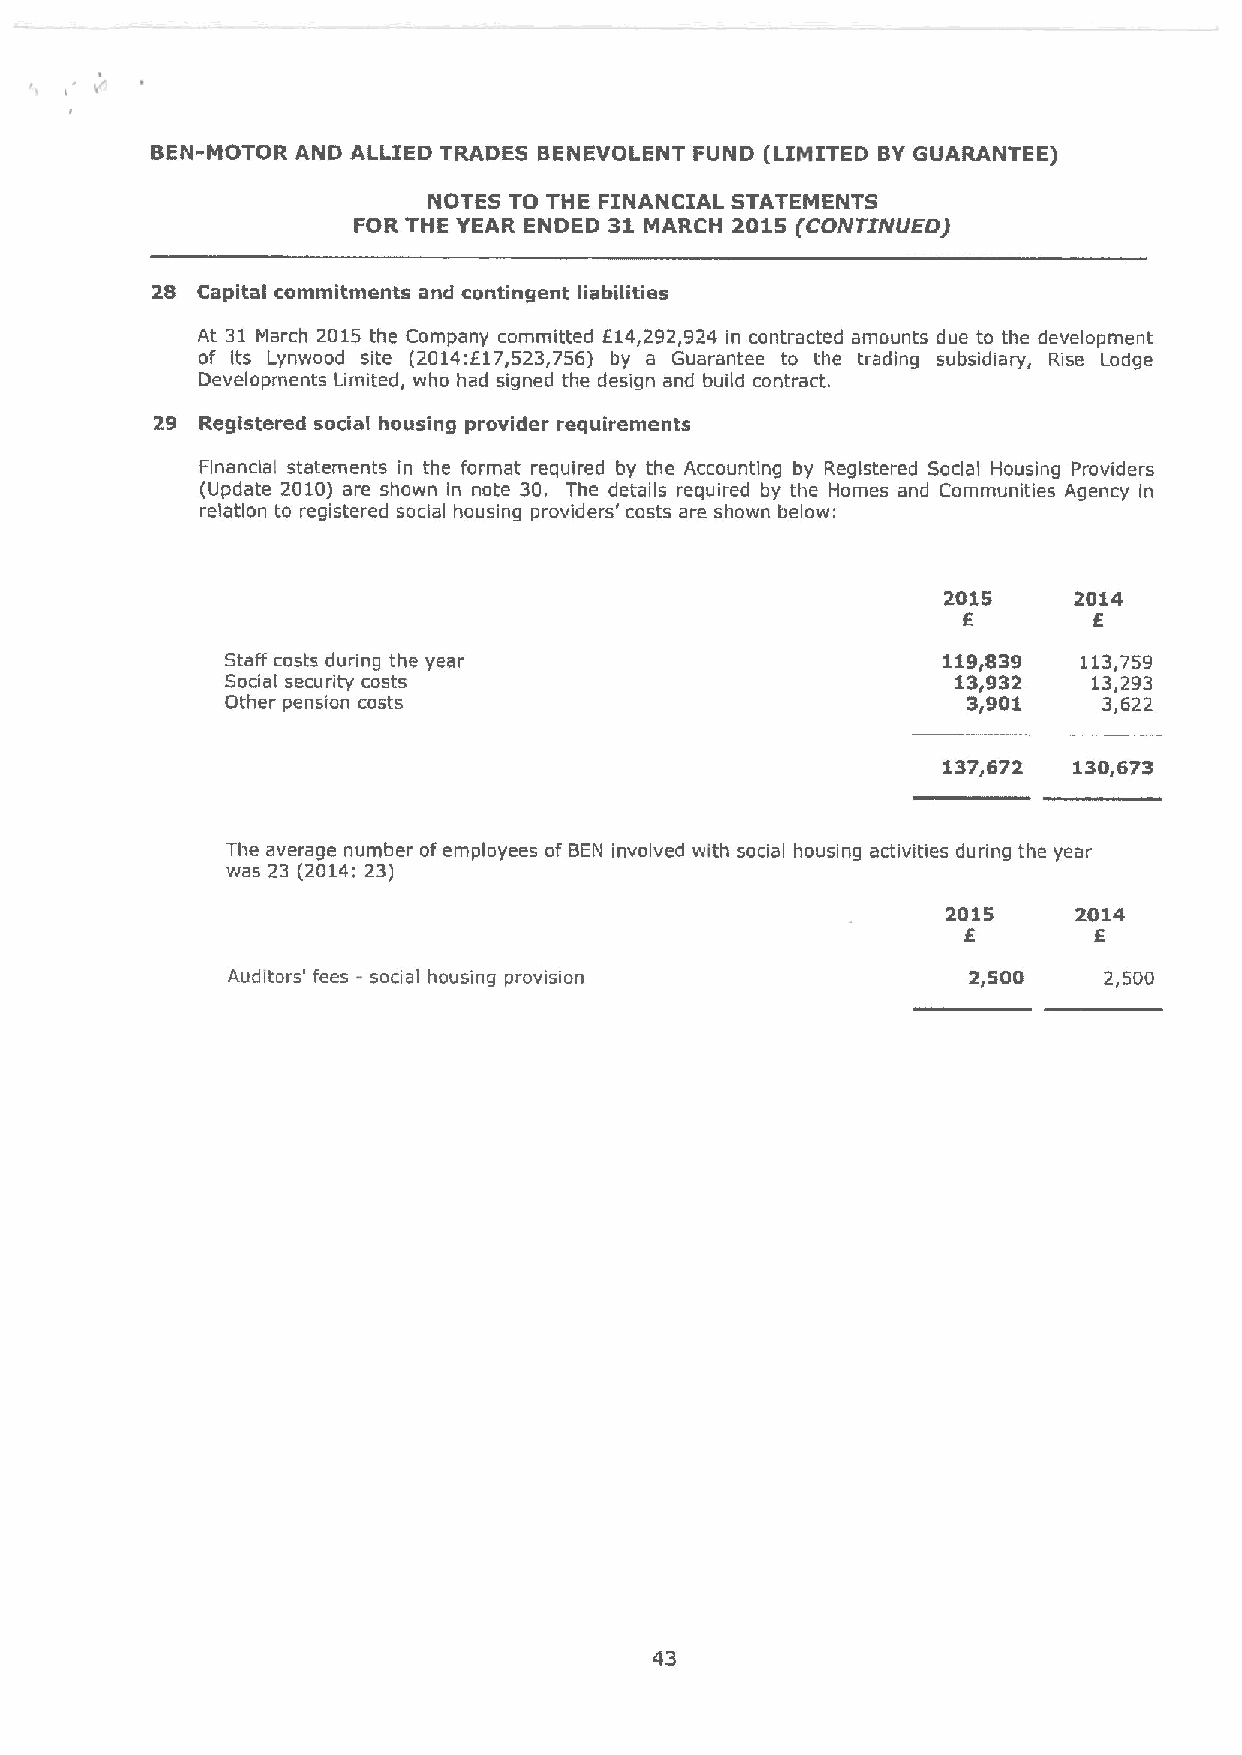
BEN-MOTOR AND ALLIED TRADES BENEVOLENT FUND (LIMITED BYGUARANTEE)
 NOTES TO THE FINANCIAL STATEMENTS
 FOR THE YEAR ENDED 31 MARCH 2015 (CONTINUEO)
 28 Capital commitments and contingent liabilities
 At 31 March 2015 the Company committed E14,292,924 in contracted amounts due to the development
 of its Lynwood site (2014:E17,523,756) by a Guarantee to the trading subsidiary, Rise Lodge
 Developments Limited, who had signed the design and build contract.
 29 Registered social housing provider requirements
 Financial statements in the format required by the Accounting by Registered Social Housing Providers
 (Update 2010) are shown in note 30. The details required by the Homes and Communities Agency in
 relation to registered social housing providers' costs are shown below:
 2015    2014
 f       f
 Staff costs during the year                    119,839   113,759
 Social security costs                           13,932   13,293
 Other pension costs                              3,901    3,622
 137,672  130,673
 The average number ofemployees of BEN involved with social housing activities during the year
 was 23 (2014:23)
 2015    2014
 E       f.
 Auditors' fees - social housing provision        2,500    2,500
 43